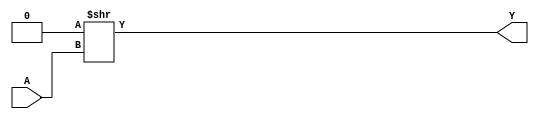
module CFG1 (
	output Y,
	input A
);
	parameter [1:0] INIT = 2'h0;
	assign Y = INIT >> A;
endmodule